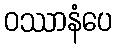
ဝဿာနံပေ